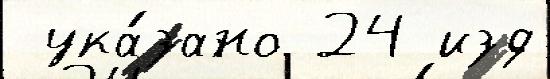
 ука́зано 24 изд